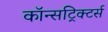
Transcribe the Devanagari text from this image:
कॉन्सट्रिक्टर्स